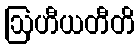
ဩဟီယတီတိ